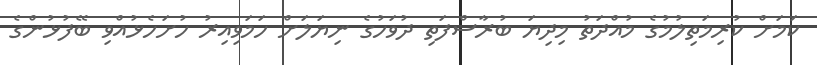
ކަމަށް ކުރިމަތިލުމުގެ މުއްދަތު މިދިޔަ ބުރާސްފަތި ދުވަހުގެ ނިޔަލަށް ހަމަވިއިރު ހުށަހެޅުއްވި ބޭފުޅުންގެ